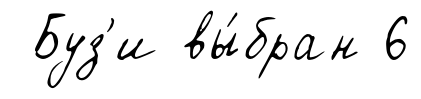
Буз'и вы́бран 6